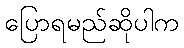
ပြောရမည်ဆိုပါက